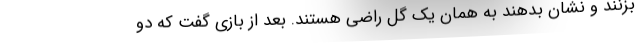
بزنند و نشان بدهند به همان یک گل راضی هستند. بعد از بازی گفت که دو